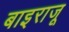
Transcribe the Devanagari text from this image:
बाइराजू